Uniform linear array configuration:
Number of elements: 48
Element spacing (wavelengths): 1
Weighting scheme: hamming
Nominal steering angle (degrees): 60
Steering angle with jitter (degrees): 59.754
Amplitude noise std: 0.05
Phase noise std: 0.05

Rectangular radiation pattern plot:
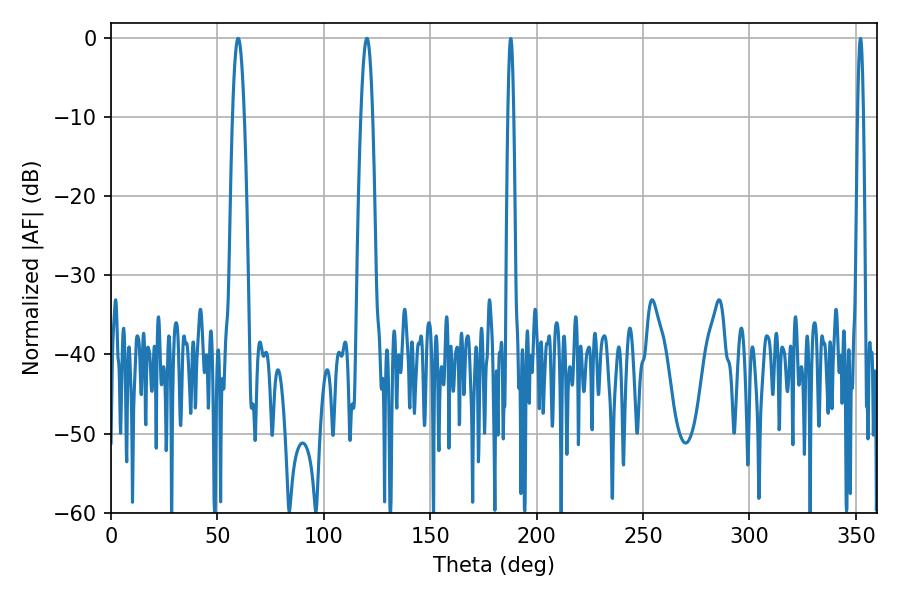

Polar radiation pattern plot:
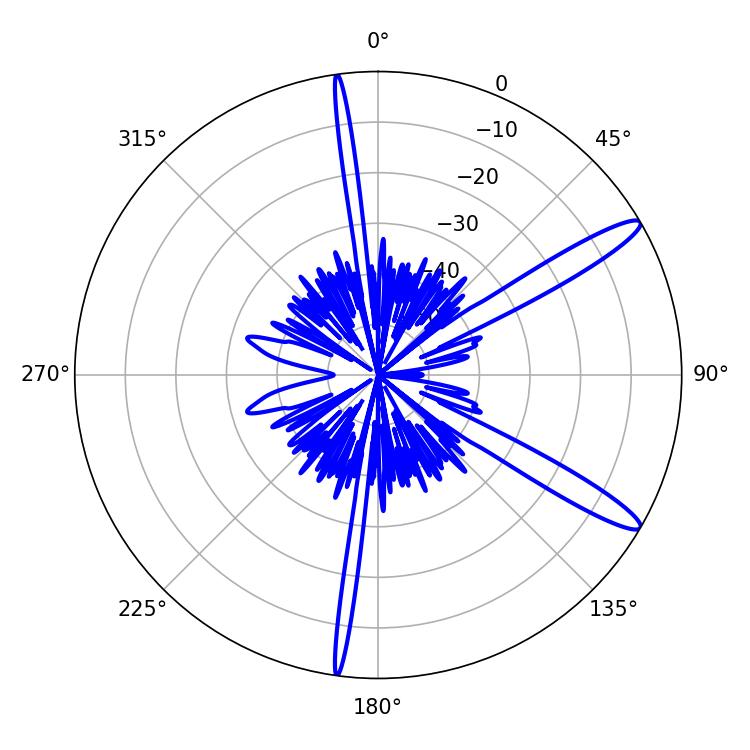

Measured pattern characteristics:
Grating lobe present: TRUE
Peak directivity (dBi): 13.359
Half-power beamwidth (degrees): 2.88
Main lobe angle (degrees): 59.76